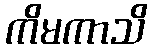
ကိမကာသိ